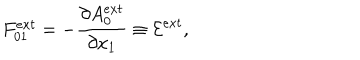
F _ { 0 1 } ^ { e x t } = - \frac { { \partial } A _ { 0 } ^ { e x t } } { { \partial } x _ { 1 } } \equiv { \cal E } ^ { e x t } ,